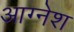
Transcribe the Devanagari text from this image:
आग्नेश